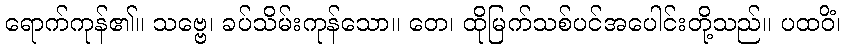
ရောက်ကုန်၏။ သဗ္ဗေ၊ ခပ်သိမ်းကုန်သော။ တေ၊ ထိုမြက်သစ်ပင်အပေါင်းတို့သည်။ ပထဝိံ၊